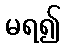
မရ၍